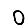
Digit: 0